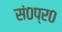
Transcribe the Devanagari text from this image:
सं०प्र०